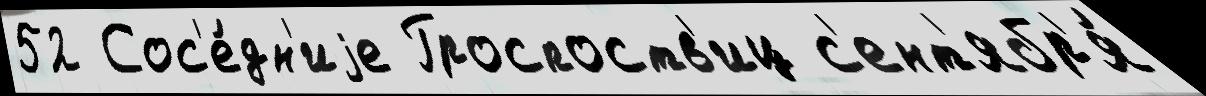
52 Сос'е́дн'иjе Гроспоств'иц с'ент'ябр'я́